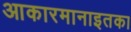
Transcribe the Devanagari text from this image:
आकारमानाइतका